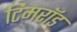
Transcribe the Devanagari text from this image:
टिमरॉड